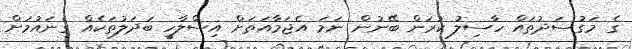
ގެ މަގުސަދުތައް ހާސިލު ކުރަން ބޭނުން ނަމަ އެޖަމާއަތަށް އިސްލާހީ ބަދަލުތަކެއް ގެނައުމަށް